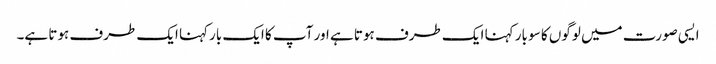
ایسی صورت میں لوگوں کا سو بار کہنا ایک طرف ہوتا ہے اور آپ کا ایک بارکہنا ایک طرف ہوتا ہے۔